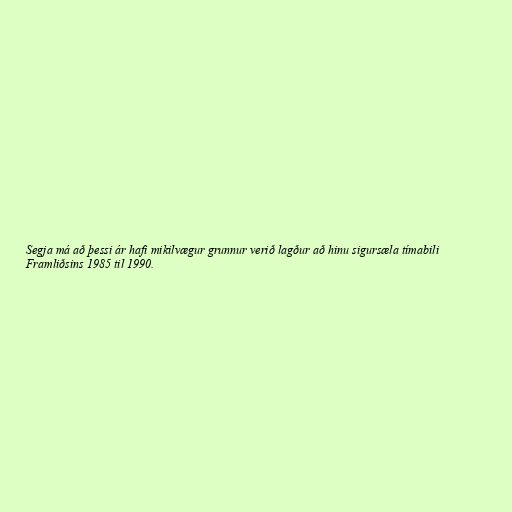
Segja má að þessi ár hafi mikilvægur grunnur verið lagður að hinu sigursæla tímabili
Framliðsins 1985 til 1990.